Lunatic asylums in Bengal annual reports 1888-1898 - 1888-1898
Year: 1888
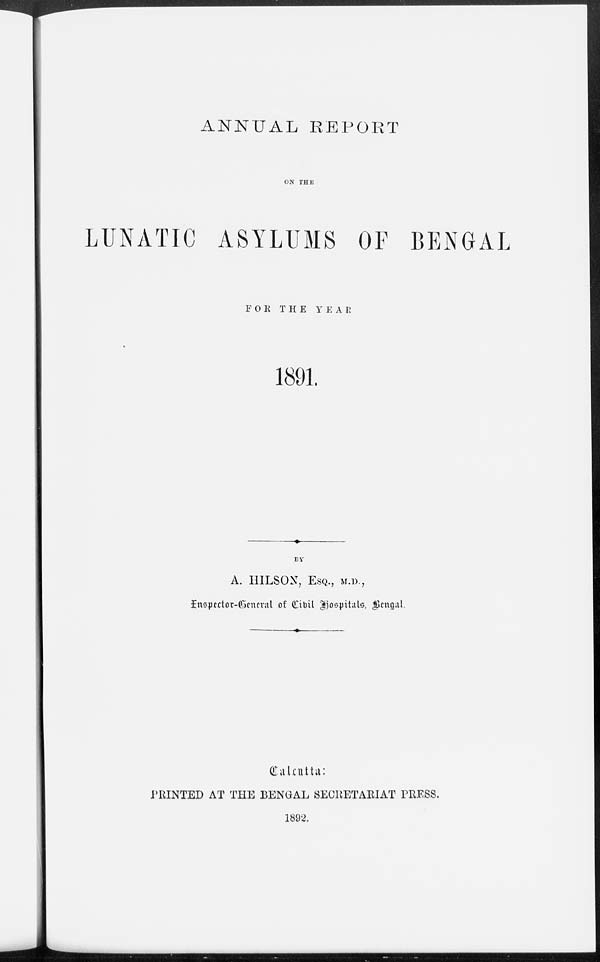
ANNUAL REPORT
ON THE
LUNATIC ASYLUMS OF BENGAL
FOR THE YEAR
1891.
BY
A. HILSON, ESQ., M.D.,
Inspector-General of Civil Hospitals, Bengal.
Calcutta:
PRINTED AT THE BENGAL SECRETARIAT PRESS.
1892.